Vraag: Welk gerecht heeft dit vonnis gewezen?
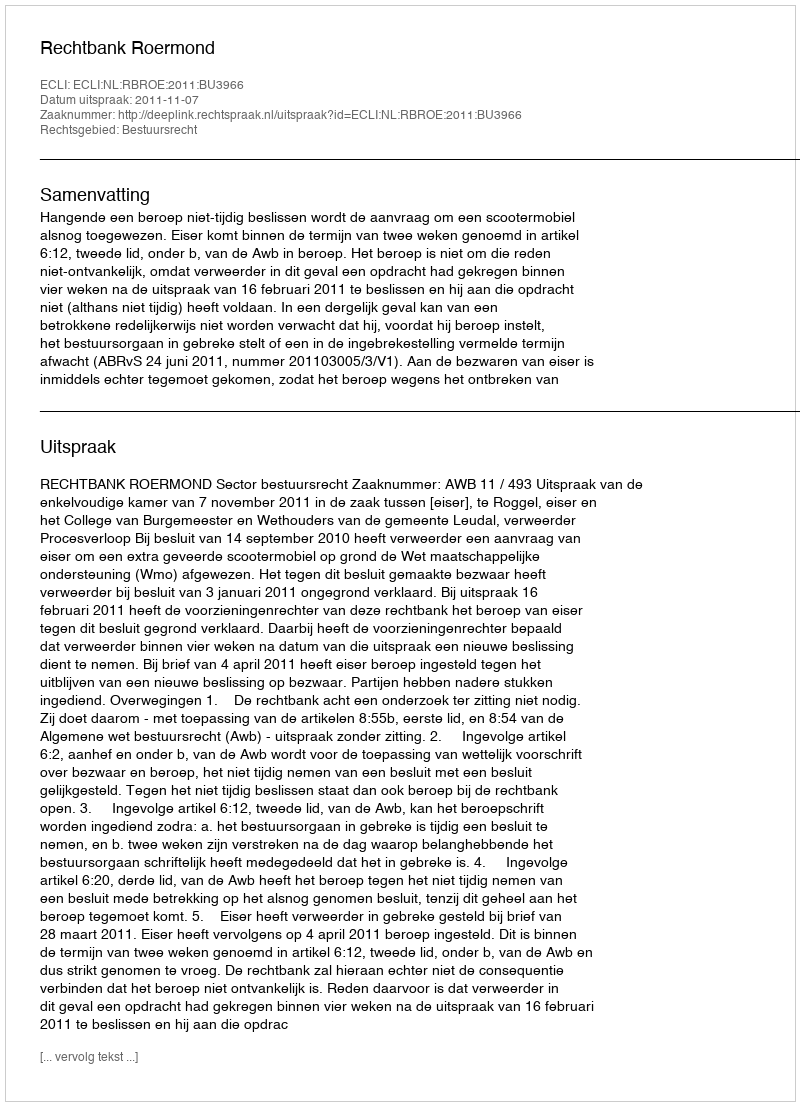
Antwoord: Rechtbank Roermond